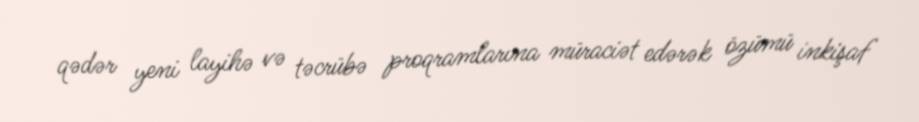
qədər yeni layihə və təcrübə proqramlarına müraciət edərək özümü inkişaf